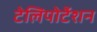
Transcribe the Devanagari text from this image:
टेलिपोर्टेशन